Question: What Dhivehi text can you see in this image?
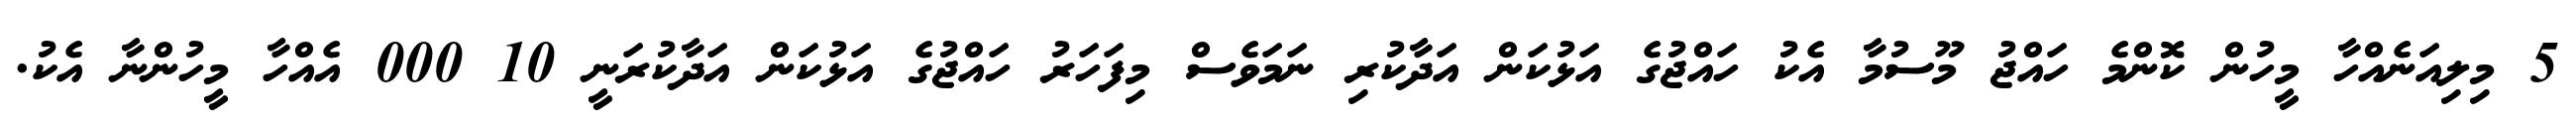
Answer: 5 މިލިއަނެއްހާ މީހުން ކޮންމެ ހައްޖު މޫސުމާ އެކު ހައްޖުގެ އަޅުކަން އަދާކުރި ނަމަވެސް މިފަހަރު ހައްޖުގެ އަޅުކަން އަދާކުރަނީ 10 000 އެއްހާ މީހުންނާ އެކު.